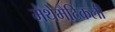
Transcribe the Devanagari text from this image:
मैथेमैटिकली